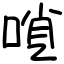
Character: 嗩